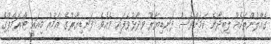
ގެއްލުންތަކެއް ލިބިދާނެ ކަމަށްވެސް ފަނޑިޔާރު ވިދާޅުވެފައި ވެއެވެ. ފަނޑިޔާރުގެ އަމުރު މިއައީ ޓްރަމްޕްގެ